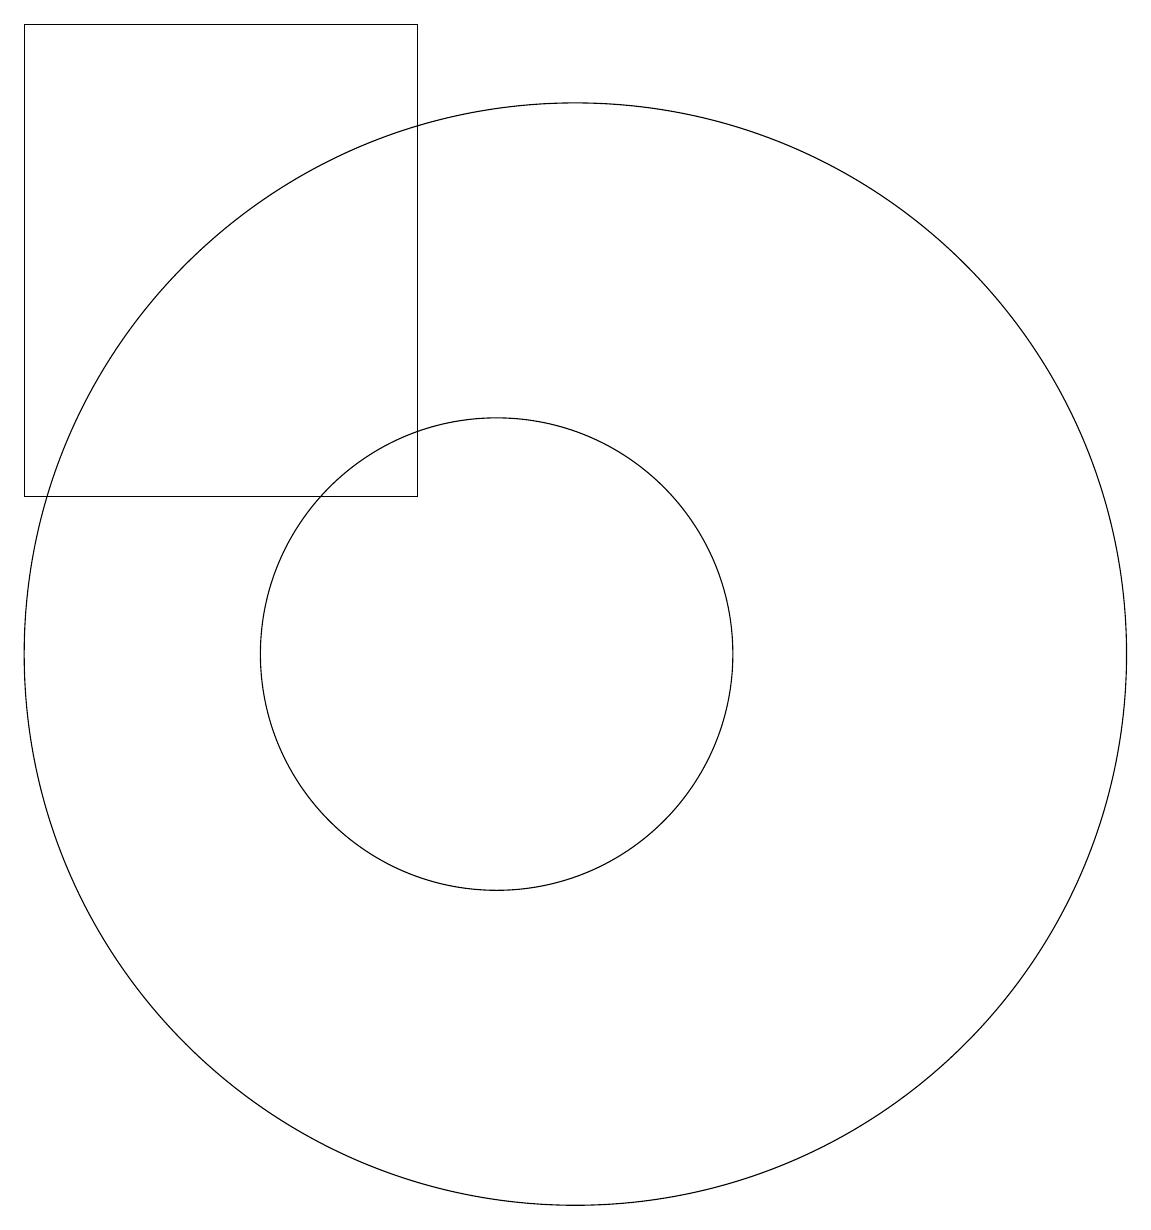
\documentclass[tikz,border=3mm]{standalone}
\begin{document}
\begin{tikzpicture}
\draw (9,13) rectangle (4,19);
\draw (10,11) circle (3);
\draw (11,11) circle (7);
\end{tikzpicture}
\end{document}